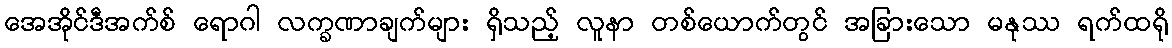
အေအိုင်ဒီအက်စ် ရောဂါ လက္ခဏာချက်များ ရှိသည့် လူနာ တစ်ယောက်တွင် အခြားသော မနုဿ ရက်ထရို